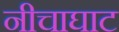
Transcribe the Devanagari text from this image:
नीचाघाट